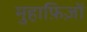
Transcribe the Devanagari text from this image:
मुहाफ़िज़ों